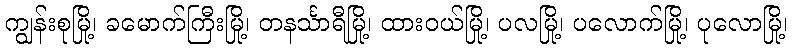
ကျွန်းစုမြို့၊ ခမောက်ကြီးမြို့၊ တနင်္သာရီမြို့၊ ထားဝယ်မြို့၊ ပလမြို့၊ ပလောက်မြို့၊ ပုလောမြို့၊